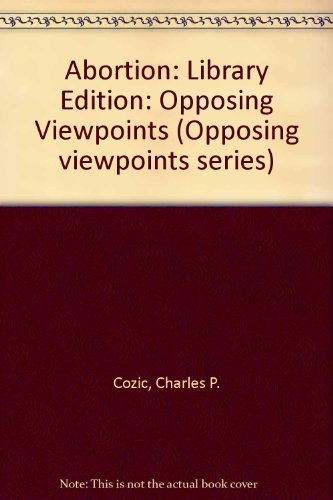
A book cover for Abortion: Opposing Viewpoints; Charles P. Cozic; Teen & Young Adult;